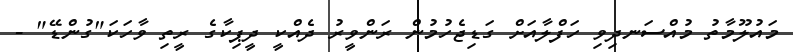
މައުލޫމާތު މުއްސަނދިވި ހަފްލާއަށް ގަޑިޖެހުމުން ރަންވީރު ދެއްކީ ދީޕިކާގެ ރީތި ވާހަކަ"ގުންޑޭ" -